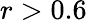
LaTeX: r>0.6